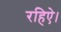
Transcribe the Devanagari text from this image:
रहिऐ।